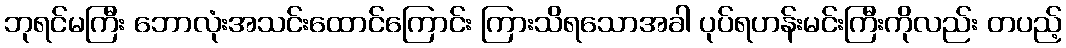
ဘုရင်မကြီး ဘောလုံးအသင်းထောင်ကြောင်း ကြားသိရသောအခါ ပုပ်ရဟန်းမင်းကြီးကိုလည်း တပည့်